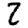
Digit: 2